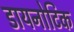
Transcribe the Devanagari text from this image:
डायनोटिक